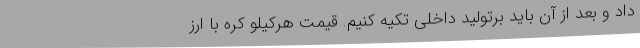
داد و بعد از آن باید برتولید داخلی تکیه کنیم. قیمت هرکیلو کره با ارز